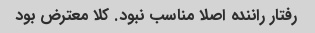
رفتار راننده اصلا مناسب نبود. کلا معترض بود